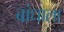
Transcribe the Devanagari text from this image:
बांधाला